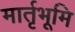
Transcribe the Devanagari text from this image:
मार्तृभूमि